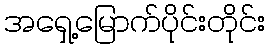
အရှေ့မြောက်ပိုင်းတိုင်း